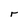
Character: r